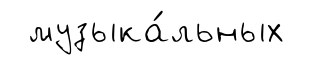
музыка́льных